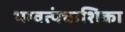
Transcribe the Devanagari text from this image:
भग्वत्पंचाशिका